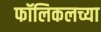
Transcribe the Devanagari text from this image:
फॉलिकलच्या